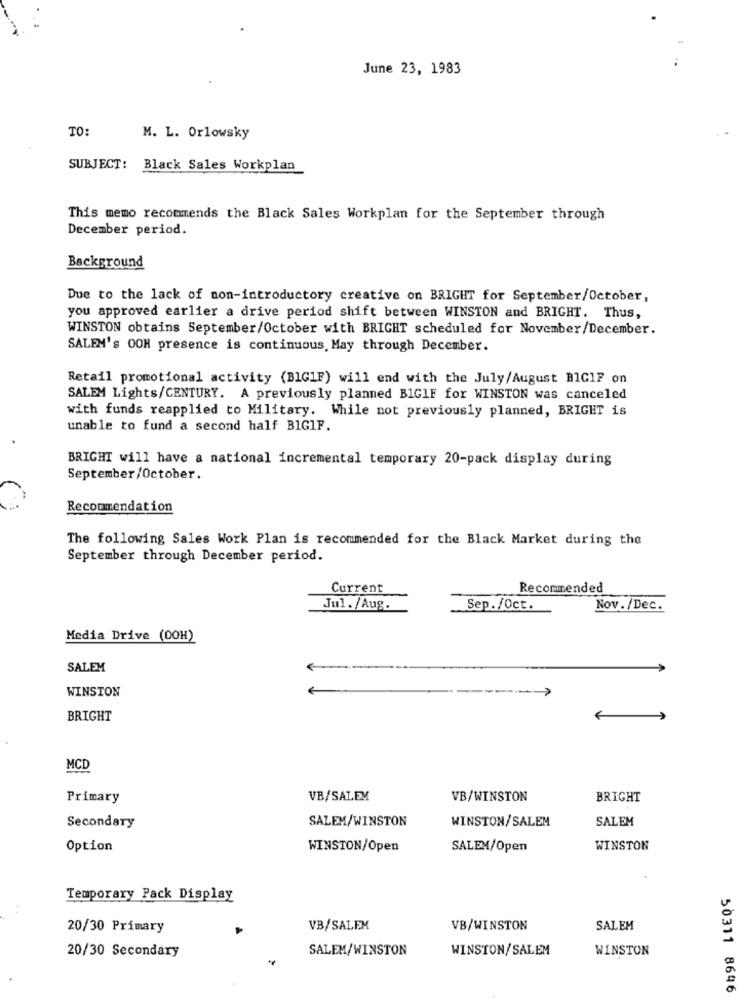
June 23, 1983
TO:
M. L. Orlowsky
SUBJECT:
Black Sales Workplan
This memo recommends the Black Sales Workplan for the September through
December period.
Background
Due to the lack of non-introductory creative on BRIGHT for September/October,
you approved earlier a drive period shift between WINSTON and BRIGHT. Thus,
WINSTON obtains September/October with BRIGHT scheduled for November/December.
SALEM's OOH presence is continuous, May through December.
Retail promotional activity (BIG1F) will end with the July/August BIGIF on
SALEM Lights/CENTURY. A previously planned B1GIF for WINSTON was canceled
with funds reapplied to Military. While not previously planned, BRIGHT is
unable to fund a second half BIGIF.
BRIGHT will have a national incremental temporary 20-pack display during
September/October.
Recommendation
The following Sales Work Plan is recommended for the Black Market during the
September through December period.
Current
Recommended
Jul. /Aug.
Sep. /Oct.
Nov./Dec.
Media Drive (0OH)
SALEM
WINSTON
BRIGHT
MCD
Primary
VB/SALEM
VB/WINSTON
BRIGHT
SALEM/WINSTON
WINSTON/SALEM
SALEM
Secondary
Option
WINSTON/Open
SALEM/Open
WINSTON
Temporary Pack Display
20/30 Primary
VB/SALEM
VB/WINSTON
SALEM
20/30 Secondary
SALEM/WINSTON
WINSTON/SALEM
WINSTON
50311 8646